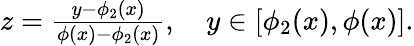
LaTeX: \begin{array}{r}{z=\frac{y-\phi_{2}(x)}{\phi(x)-\phi_{2}(x)},\quad y\in[\phi_{2}(x),\phi(x)].}\end{array}